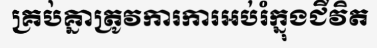
គ្រប់គ្នាត្រូវការការអប់រំក្នុងជីវិត